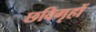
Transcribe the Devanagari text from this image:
छविगृहों